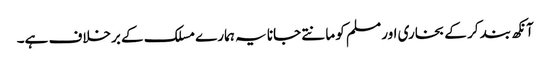
آنکھ بند کر کے بخاری اور مسلم کو مانتے جانا یہ ہمارے مسلک کے برخلاف ہے۔